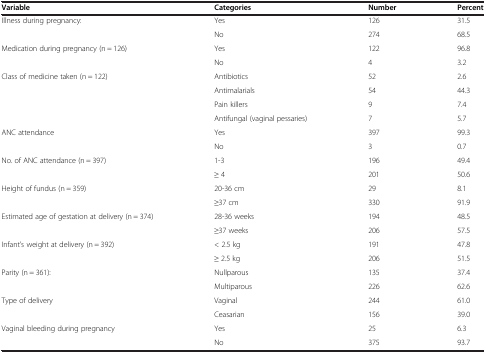
<table><thead><tr><td><b>Variable</b></td><td><b>Categories</b></td><td><b>Number</b></td><td><b>Percent</b></td></tr></thead><tbody><tr><td>Illness during pregnancy:</td><td>Yes</td><td>126</td><td>31.5</td></tr><tr><td> </td><td>No</td><td>274</td><td>68.5</td></tr><tr><td>Medication during pregnancy (n = 126)</td><td>Yes</td><td>122</td><td>96.8</td></tr><tr><td> </td><td>No</td><td>4</td><td>3.2</td></tr><tr><td>Class of medicine taken (n = 122)</td><td>Antibiotics</td><td>52</td><td>2.6</td></tr><tr><td> </td><td>Antimalarials</td><td>54</td><td>44.3</td></tr><tr><td> </td><td>Pain killers</td><td>9</td><td>7.4</td></tr><tr><td> </td><td>Antifungal (vaginal pessaries)</td><td>7</td><td>5.7</td></tr><tr><td>ANC attendance</td><td>Yes</td><td>397</td><td>99.3</td></tr><tr><td> </td><td>No</td><td>3</td><td>0.7</td></tr><tr><td>No. of ANC attendance (n = 397)</td><td>1-3</td><td>196</td><td>49.4</td></tr><tr><td> </td><td>≥ 4</td><td>201</td><td>50.6</td></tr><tr><td>Height of fundus (n = 359)</td><td>20-36 cm</td><td>29</td><td>8.1</td></tr><tr><td> </td><td>≥37 cm</td><td>330</td><td>91.9</td></tr><tr><td>Estimated age of gestation at delivery (n = 374)</td><td>28-36 weeks</td><td>194</td><td>48.5</td></tr><tr><td> </td><td>≥37 weeks</td><td>206</td><td>57.5</td></tr><tr><td>Infant’s weight at delivery (n = 392)</td><td>&lt; 2.5 kg</td><td>191</td><td>47.8</td></tr><tr><td> </td><td>≥ 2.5 kg</td><td>206</td><td>51.5</td></tr><tr><td>Parity (n = 361):</td><td>Nullparous</td><td>135</td><td>37.4</td></tr><tr><td> </td><td>Multiparous</td><td>226</td><td>62.6</td></tr><tr><td>Type of delivery</td><td>Vaginal</td><td>244</td><td>61.0</td></tr><tr><td> </td><td>Ceasarian</td><td>156</td><td>39.0</td></tr><tr><td>Vaginal bleeding during pregnancy</td><td>Yes</td><td>25</td><td>6.3</td></tr><tr><td> </td><td>No</td><td>375</td><td>93.7</td></tr></tbody></table>